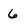
Character: 6